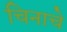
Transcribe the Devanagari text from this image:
चिनाचे